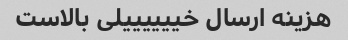
هزینه ارسال خییییییلی بالاست